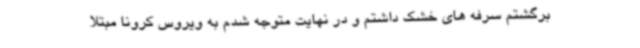
برگشتم سرفه های خشک داشتم و در نهایت متوجه شدم به ویروس کرونا مبتلا